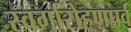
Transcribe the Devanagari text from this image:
स्वर्गारोहणपर्व